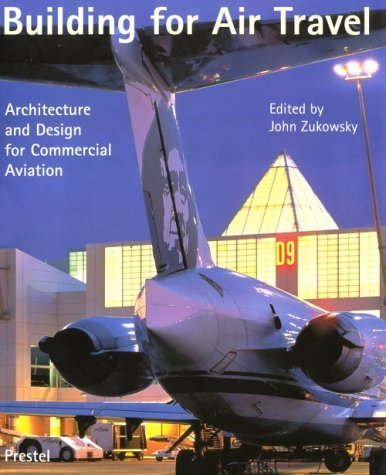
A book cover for Building for Air Travel (Architecture and Design for Commercial Aviation); Travel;